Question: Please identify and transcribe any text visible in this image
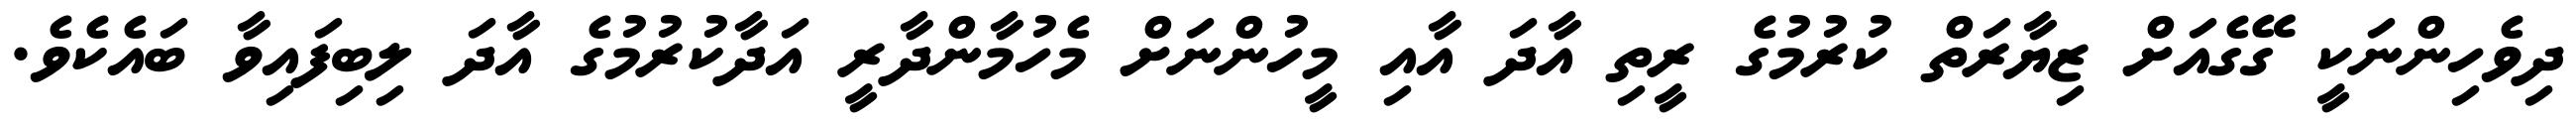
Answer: ދިވެހިންނަކީ ގޭގެއަށް ޒިޔާރަތް ކުރުމުގެ ރީތި އާދަ އާއި މީހުންނަށް މެހުމާންދާރީ އަދާކުރުމުގެ އާދަ ލިބިފައިވާ ބައެކެވެ.